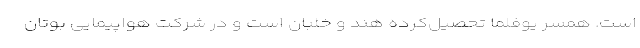
است. همسر یوفلما تحصیل‌کرده هند و خلبان است و در شرکت هواپیمایی بوتان